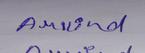
Signature authenticity: genuine